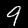
Label: 9